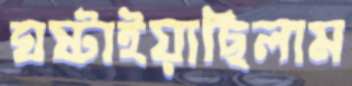
ঘষ্‌টাইয়াছিলাম